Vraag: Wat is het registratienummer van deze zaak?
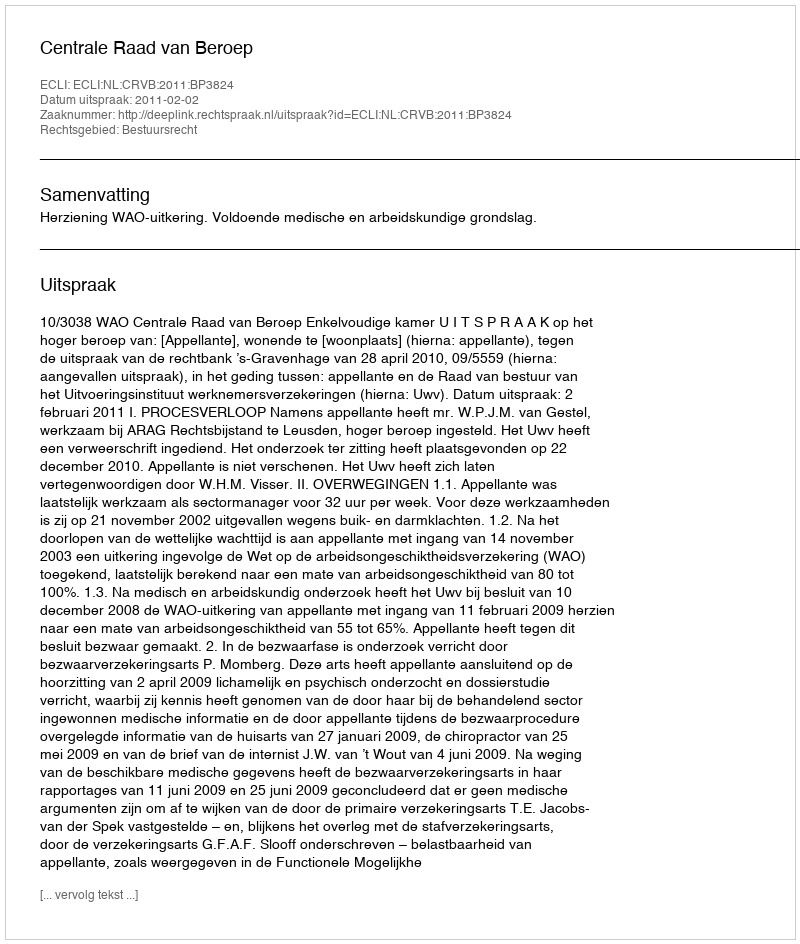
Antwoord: http://deeplink.rechtspraak.nl/uitspraak?id=ECLI:NL:CRVB:2011:BP3824